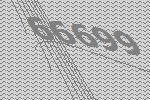
66699